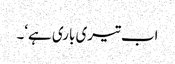
اب تیری باری ہے‘۔